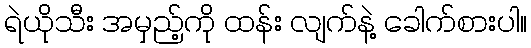
ရဲယိုသီး အမှည့်ကို ထန်း လျက်နဲ့ ခေါက်စားပါ။